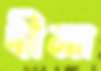
দীনা